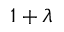
1 + \lambda